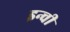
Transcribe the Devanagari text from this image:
इन्ची